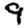
Digit: 9